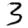
Digit: 3